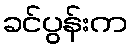
ခင်ပွန်းက